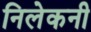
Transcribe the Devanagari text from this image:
निलेकनी